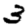
Digit: 3